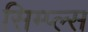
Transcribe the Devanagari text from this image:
सिम्प्ल्स